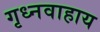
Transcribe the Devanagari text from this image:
गृध्नवाहाय